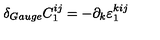
\delta _ { G a u g e } C _ { 1 } ^ { i j } = - \partial _ { k } \varepsilon _ { 1 } ^ { k i j }